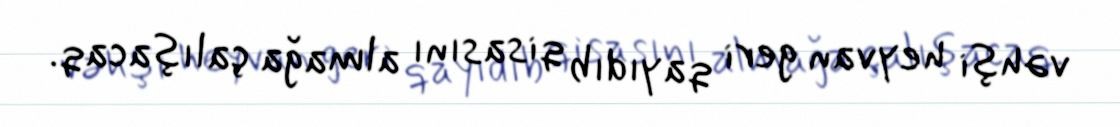
vəhşi heyvan geri qayıdıb qisasını almağa çalışacaq.